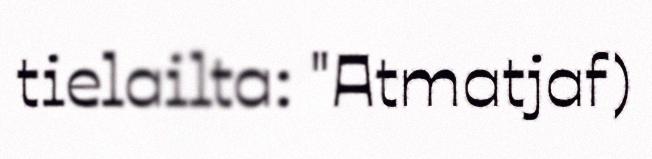
tielailta: "Atmatjaf)